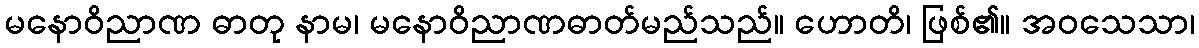
မနောဝိညာဏ ဓာတု နာမ၊ မနောဝိညာဏဓာတ်မည်သည်။ ဟောတိ၊ ဖြစ်၏။ အဝသေသာ၊